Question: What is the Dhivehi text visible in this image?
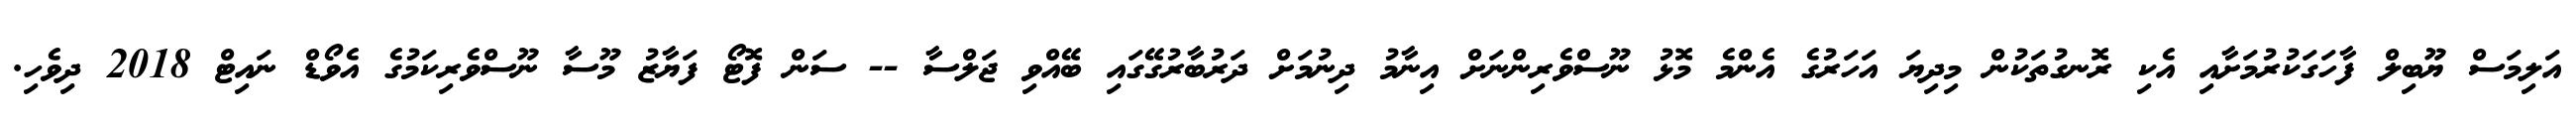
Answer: އަލިމަސް ޔޫބިލް ފާހަގަކުރުމަށާއި އެކި ރޮނގުތަކުން މިދިޔަ އަހަރުގެ އެންމެ މޮޅު ނޫސްވެރިންނަށް އިނާމު ދިނުމަށް ދަރުބާރުގޭގައި ބޭއްވި ޖަލްސާ -- ސަން ފޮޓޯ ފަޔާޒު މޫސާ ނޫސްވެރިކަމުގެ އެވޯޑް ނައިޓް 2018 ދިވެހި.